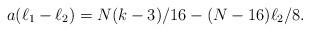
LaTeX: \begin{align*}a(\ell_1-\ell_2)=N(k-3)/16-(N-16)\ell_2/8.\end{align*}